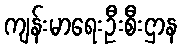
ကျန်းမာရေးဦးစီးဌာန